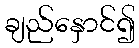
ချည်နှောင်၍